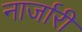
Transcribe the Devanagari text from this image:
नार्जारी